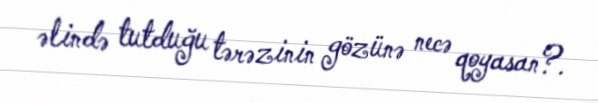
əlində tutduğu tərəzinin gözünə necə qoyasan?.